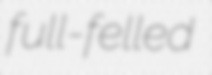
full-felled